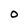
Character: 0